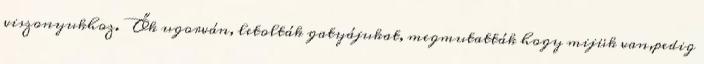
viszonyukhoz. Ők ugorván, letolták gatyájukat, megmutatták hogy mijük van,pedig